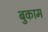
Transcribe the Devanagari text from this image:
बुकाम